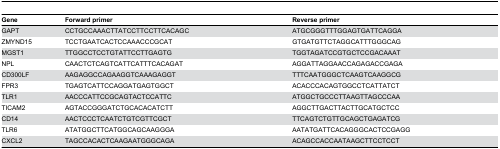
<table><thead><tr><td><b>Gene</b></td><td><b>Forward primer</b></td><td><b>Reverse primer</b></td></tr></thead><tbody><tr><td>GAPT</td><td>CCTGCCAAACTTATCCTTCCTTCACAGC</td><td>ATGCGGGTTTGGAGTGATTCAGGA</td></tr><tr><td>ZMYND15</td><td>TCCTGAATCACTCCAAACCCGCAT</td><td>GTGATGTTCTAGGCATTTGGGCAG</td></tr><tr><td>MGST1</td><td>TTGGCCTCCTGTATTCCTTGAGTG</td><td>TGGTAGATCCGTGCTCCGACAAAT</td></tr><tr><td>NPL</td><td>CAACTCTCAGTCATTCATTTCACAGAT</td><td>AGGATTAGGAACCAGAGACCGAGA</td></tr><tr><td>CD300LF</td><td>AAGAGGCCAGAAGGTCAAAGAGGT</td><td>TTTCAATGGGCTCAAGTCAAGGCG</td></tr><tr><td>FPR3</td><td>TGAGTCATTCCAGGATGAGTGGCT</td><td>ACACCCACAGTGGCCTCATTATCT</td></tr><tr><td>TLR1</td><td>AACCCATTCCGCAGTACTCCATTC</td><td>ATGGCTGCCCTTAAGTTAGCCCAA</td></tr><tr><td>TICAM2</td><td>AGTACCGGGATCTGCACACATCTT</td><td>AGGCTTGACTTACTTGCATGCTCC</td></tr><tr><td>CD14</td><td>AACTCCCTCAATCTGTCGTTCGCT</td><td>TTCAGTCTGTTGCAGCTGAGATCG</td></tr><tr><td>TLR6</td><td>ATATGGCTTCATGGCAGCAAGGGA</td><td>AATATGATTCACAGGGCACTCCGAGG</td></tr><tr><td>CXCL2</td><td>TAGCCACACTCAAGAATGGGCAGA</td><td>ACAGCCACCAATAAGCTTCCTCCT</td></tr></tbody></table>